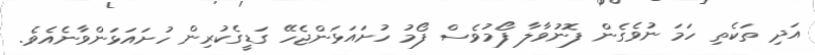
އަދި ތަކެތި ހަމަ ނުވެގެން ފޮނުވާލާ ފޯމުވެސް ފޯމު ހުށައަޅަންޖެހޭ ގަޑީގެކުރިން ހުށައަޅަންވާނެއެވެ.